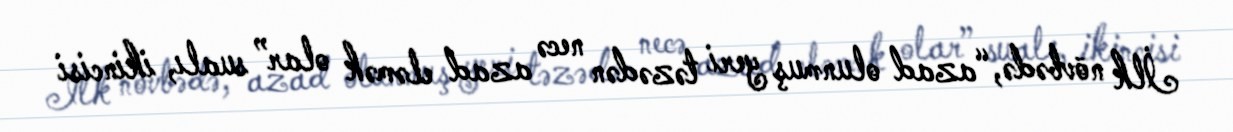
İlk növbədə, “azad olunmuş yeri təzədən necə azad eləmək olar” sualı, ikincisi